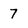
Character: 7